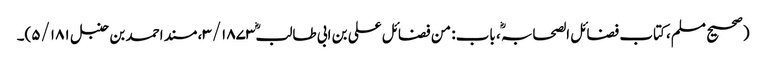
(صحیح مسلم، کتاب فضائل الصحابہ ؓ، باب: من فضائل علی بن ابی طالبؓ ۳/۱۸۷۳، مسند احمد بن حنبل ۵/۱۸۱)۔